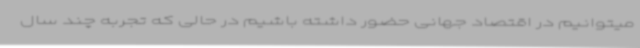
میتوانیم در اقتصاد جهانی حضور داشته باشیم در حالی که تجربه چند سال